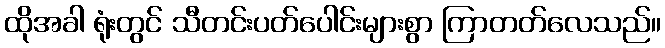
ထိုအခါ ရုံးတွင် သီတင်းပတ်ပေါင်းများစွာ ကြာတတ်လေသည်။